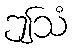
ဤသံ